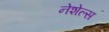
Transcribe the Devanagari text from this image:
नेशेल्स